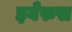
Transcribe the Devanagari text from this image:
इबेरुस